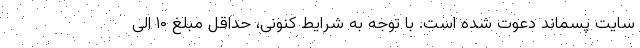
سایت پسماند دعوت شده است. با توجه به شرایط کنونی، حداقل مبلغ ۱۰ الی